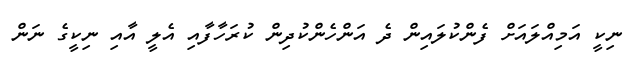
ނިކީ އަމިއްލައަށް ފެންކުލައިން ދެ އަންހެންކުދިން ކުރަހާފާއި އެލީ އާއި ނިކީގެ ނަން